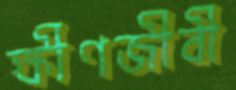
ক্ষীণজীবী